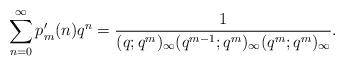
LaTeX: \begin{align*} \sum_{n=0}^\infty p'_m(n) q^n &=\frac{1}{(q;q^m)_\infty (q^{m-1};q^m)_\infty (q^m; q^m)_\infty}.\end{align*}